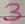
Text: 3